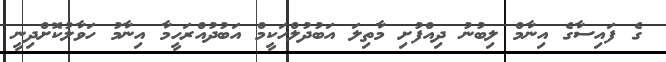
ގެ ފައިސާގެ އިނާމް ލިބުނު ދިއްފުށި މާތިލަ އަބުދުލްހަކީމް އަބުދުއްރަހީމާ އިނާމު ހަވާލުކޮށްދިނީ